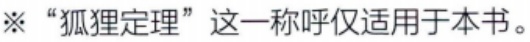
※ “狐狸定理”这一称呼仅适用于本书。